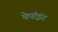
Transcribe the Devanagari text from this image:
वेपॉइंट